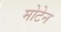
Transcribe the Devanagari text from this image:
मोटेन